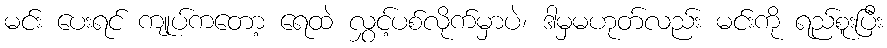
မင်း ပေးရင် ကျုပ်ကတော့ ရေထဲ လွှင့်ပစ်လိုက်မှာပဲ၊ ဒါမှမဟုတ်လည်း မင်းကို ရည်စူးပြီး